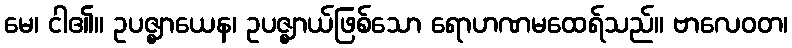
မေ၊ ငါ၏။ ဥပဇ္ဈာယေန၊ ဥပဇ္ဈာယ်ဖြစ်သော ရောဟဏမထေရ်သည်။ ဗာလေဝတ၊